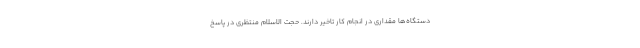
دستگاه‌ها مقداری در انجام کار تاخیر دارند. حجت الاسلام منتظری در پاسخ